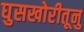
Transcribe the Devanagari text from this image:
घुसखोरीतूनु